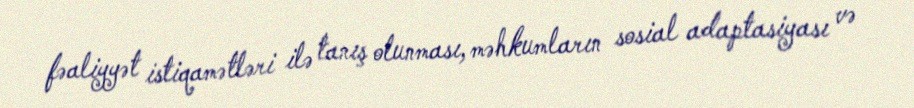
fəaliyyət istiqamətləri ilə tanış olunması, məhkumların sosial adaptasiyası və